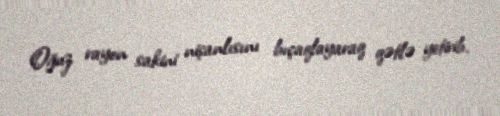
Oğuz rayon sakini nişanlısını bıçaqlayaraq qətlə yetirib.